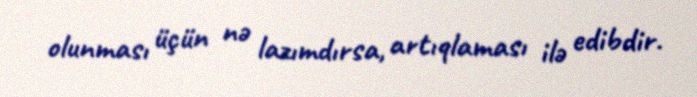
olunması üçün nə lazımdırsa, artıqlaması ilə edibdir.